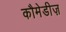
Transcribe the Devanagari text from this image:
कौमेडीज़